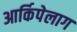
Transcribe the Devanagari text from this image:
आर्किपेलाग